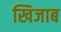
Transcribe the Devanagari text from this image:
खिजाब